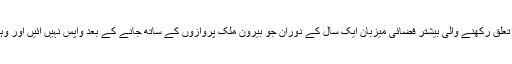
اس سلسلے میں ترجمان پی آئی اے مشہود تاجور کا کہنا تھا کہ فلائٹ سروسز سے تعلق رکھنے والی بیشتر فضائی میزبان ایک سال کے دوران جو بیرون ملک پروازوں کے ساتھ جانے کے بعد واپس نہیں آئیں اور وہیں سلپ ہوگئی تھیں انہیں بھی ضابطے کی کارروائی کے بعد فارغ کر دیا گیا ہے۔